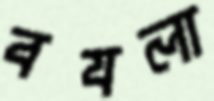
বযলা